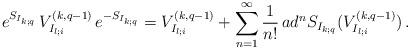
LaTeX: \begin{align*}e^{S_{I_{k;q}}}\,V^{(k,q-1)}_{I_{l;i}}\,e^{-S_{I_{k;q}}}=V^{(k,q-1)}_{I_{l;i}}+\sum_{n=1}^{\infty}\frac{1}{n!}\,ad^{n}S_{I_{k;q}}(V^{(k,q-1)}_{I_{l;i}}) \,.\end{align*}